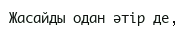
Жасайды одан әтір де,